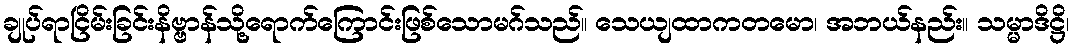
ချုပ်ရာငြိမ်းခြင်းနိဗ္ဗာန်သို့ရောက်ကြောင်းဖြစ်သောမဂ်သည်။ သေယျထာကတမော၊ အဘယ်နည်း။ သမ္မာဒိဋ္ဌိ၊